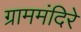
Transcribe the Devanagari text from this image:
ग्राममंदिरे